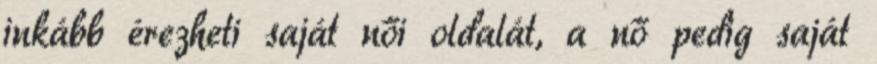
inkább érezheti saját női oldalát, a nő pedig saját